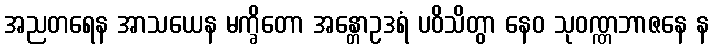
အညတရေန အာသယေန မက္ခိတော အန္တောဥဒရံ ပဝိသိတွာ နေဝ သုဝဏ္ဏဘာဇနေ န